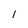
Character: 1